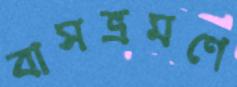
বাসভ্রমণে